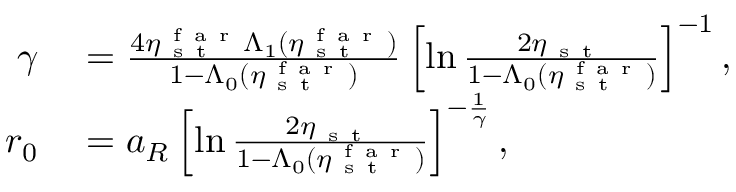
\begin{array} { r l } { \gamma } & { { } = \frac { 4 \eta _ { \mathrm { ~ s ~ t ~ } } ^ { \mathrm { ~ f ~ a ~ r ~ } } \Lambda _ { 1 } ( \eta _ { \mathrm { ~ s ~ t ~ } } ^ { \mathrm { ~ f ~ a ~ r ~ } } ) } { 1 - \Lambda _ { 0 } ( \eta _ { \mathrm { ~ s ~ t ~ } } ^ { \mathrm { ~ f ~ a ~ r ~ } } ) } \left[ \ln \frac { 2 \eta _ { \mathrm { ~ s ~ t ~ } } } { 1 - \Lambda _ { 0 } ( \eta _ { \mathrm { ~ s ~ t ~ } } ^ { \mathrm { ~ f ~ a ~ r ~ } } ) } \right] ^ { - 1 } , } \\ { r _ { 0 } } & { { } = a _ { R } \left[ \ln \frac { 2 \eta _ { \mathrm { ~ s ~ t ~ } } } { 1 - \Lambda _ { 0 } ( \eta _ { \mathrm { ~ s ~ t ~ } } ^ { \mathrm { ~ f ~ a ~ r ~ } } ) } \right] ^ { - \frac { 1 } { \gamma } } , } \end{array}